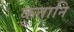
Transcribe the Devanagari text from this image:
कृतानि